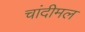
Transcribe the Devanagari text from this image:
चांदीमल